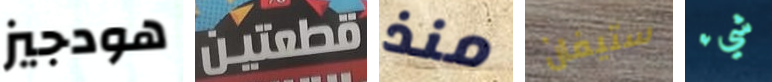
هودجيز قطعتين منذ ستيفان شيء